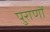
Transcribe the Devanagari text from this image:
पुराणाें